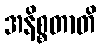
အနိစ္စတာတိ